Civil Veterinary Dept. Assam report 1911-1927 - 1911-1927
Year: 1911
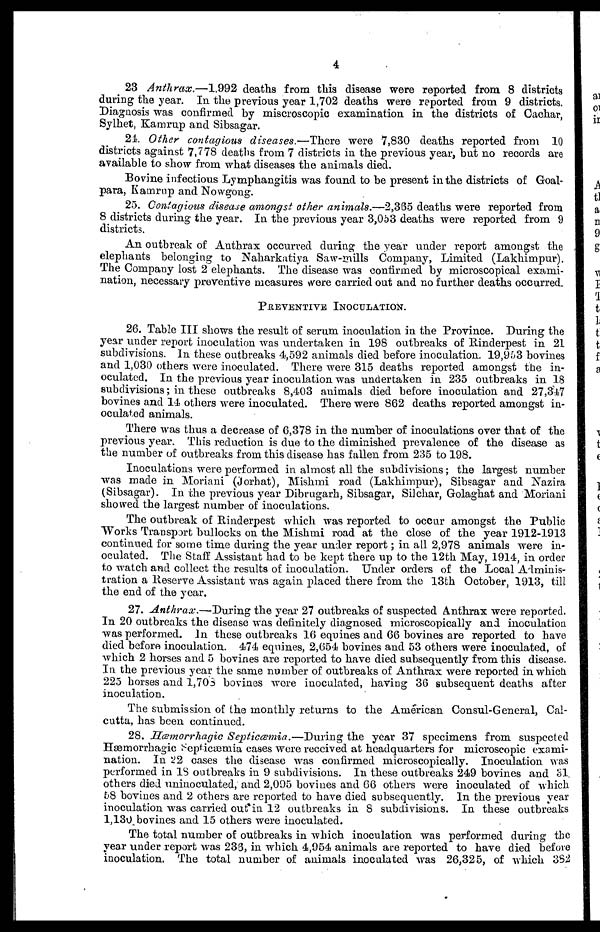
4
23 Anthrax.—1,992 deaths from this disease were reported from 8 districts
during the year. In the previous year 1,702 deaths were reported from 9 districts.
Diagnosis was confirmed by miscroscopic examination in the districts of Cachar,
Sylhet, Kamrup and Sibsagar.
21 Other contagious diseases.—There were 7,830 deaths reported from 10
districts against 7,778 deaths from 7 districts in the previous year, but no records are
available to show from what diseases the animals died.
Bovine infectious Lymphangitis was found to be present in the districts of Goal-
para, Kamrup and No Nowgong.
25. Contagious disease amongst other animals.—2,385 deaths were reported from
8 districts during the year. In the previous year 3,053 deaths were reported from 9
districts.
An outbreak of Anthrax occurred during the year under report amongst the
elephants belonging to Naharkatiya Saw-mills Company, Limited (Lakhimpur).
The Company lost 2 elephants. The disease was confirmed by microscopical exami-
nation, necessary preventive measures were carried out and no further deaths occurred.
PREVENTIVE
INOCULATION.
26. Table III shows the result of serum inoculation in the Province. During the
year under report inoculation was undertaken in 198 outbreaks of Rinderpest in 21
subdivisions. In these outbreaks 4,592 animals died before inoculation. 19,953 bovines
and 1,030 others were inoculated. There were 315 deaths reported amongst the in-
oculated. In the previous year inoculation was undertaken in 235 outbreaks in 18
subdivisions; in these outbreaks 8,403 animals died before inoculation and 27,347
bovines and 14 others were inoculated. There were 862 deaths reported amongst in-
oculated animals.
There was thus a decrease of 6,378 in the number of inoculations over that of the
previous year. This reduction is due to the diminished prevalence of the disease as
the number of outbreaks from this disease has fallen from 235 to 198.
Inoculations were performed in almost all the subdivisions; the largest number
was made in Moriani (Jorhat), Mishmi road (Lakhimpur), Sibsagar and Nazira
(Sibsagar). In the previous year Dibrugarh, Sibsagar, Silchar, Golaghat and Moriani
showed the largest number of inoculations.
The outbreak of Rinderpest which was reported to occur amongst the Public
Works Transport bullocks on the Mishmi road at the close of the year 1912-1913
continued for some time during the year under report; in all 2,978 animals were in-
oculated. The Staff Assistant had to be kept there up to the 12th May, 1914, in order
to watch and collect the results of inoculation. Under orders of the Local Adminis-
tration a Reserve Assistant was again placed there from the 13th October, 1913, till
the end of the year.
27. Anthrax.—During the year 27 outbreaks of suspected Anthrax were reported.
In 20 outbreaks the disease was definitely diagnosed microscopically and inoculation
was performed. In these outbreaks 16 equines and 66 bovines are reported to have
died before inoculation. 474 equines, 2,654 bovines and 53 others were inoculated, of
which 2 horses and 5 bovines are reported to have died subsequently from this disease.
In the previous year the same number of outbreaks of Anthrax were reported in which
225 horses and 1,703 bovines wore inoculated, having 36 subsequent deaths after
inoculation.
The submission of the monthly returns to the American Consul-General, Cal-
cutta, has been continued.
28. Hæmorrhagic Septiccemia.—During the year 37 specimens from suspected
Hemorrhagic Septicæmia cases were received at headquarters for microscopic exami-
nation. In 22 cases the disease was confirmed microscopically. Inoculation was
performed in 18 outbreaks in 9 subdivisions. In these outbreaks 249 bovines and 31.
others died uninoculated, and 2,095 bovines and 66 others were inoculated of which
58 bovines and 2 others are reported to have died subsequently. In the previous year
inoculation was carried out in 12 outbreaks in 8 subdivisions. In these outbreaks
1,130, bovines and 15 others were inoculated.
The total number of outbreaks in which inoculation was performed during the
year under report was 233, in which 4,954 animals are reported to have died before
inoculation. The total number of animals inoculated was 26,325, of which 382